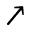
\nearrow